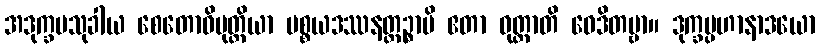
အဒုက္ခမသုခါယ စေတောဝိမုတ္တိယာ ပစ္စယဒဿနတ္ထဉ္စာပိ ဧတာ ဝုတ္တာတိ ဝေဒိတဗ္ဗာ။ ဒုက္ခပ္ပဟာနာဒယော